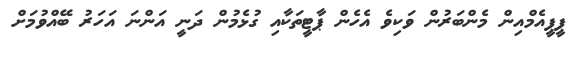
ޕީޕީއެމްއިން މެންބަރުން ވަކިވެ އެހެން ޕާޓީތަކާއި ގުޅެމުން ދަނީ އަންނަ އަހަރު ބޭއްވުމަށް